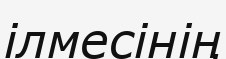
ілмесінің